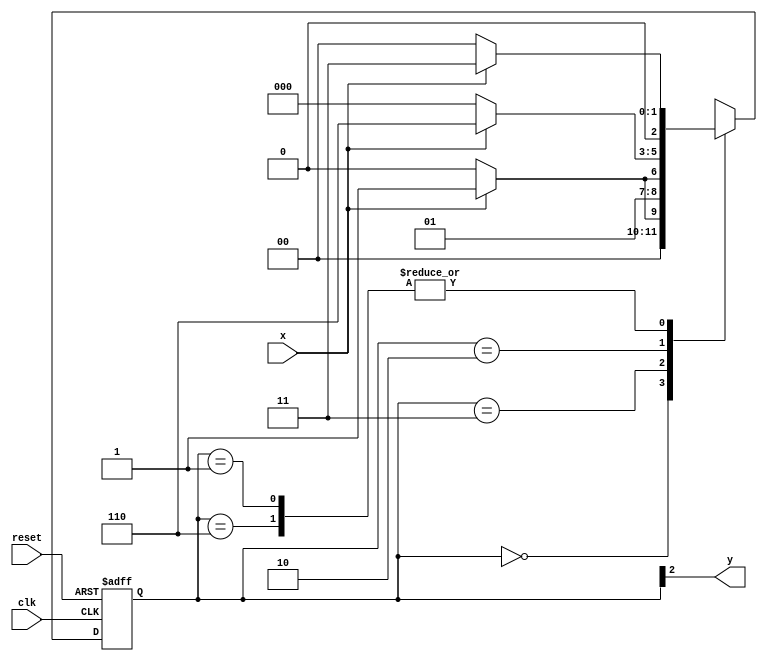
// --------------
// --- Moore FSM
// --------------
// constant definition
`define found 1
`define notfound 0
// FSM by Moore
module moore1101 ( y, x, clk, reset );
	output y;
	input x;
	input clk;
	input reset;
	reg y;
	parameter // state identifiers
	start = 3'b000,
	id1 = 3'b001,
	id11 = 3'b011,
	id110 = 3'b010,
	id1101 = 3'b110; // signal found
	reg [2:0] E1; // current state variables
	reg [2:0] E2; // next state logic output
	// next state logic
	always @( x or E1 )
	begin
		case( E1 )
			start:
				if ( x )
					E2 = id1;
				else
					E2 = start;
			id1:
				if ( x )
					E2 = id11;
				else
					E2 = start;
			id11:
				if ( x )
					E2 = id11;
				else
					E2 = id110;
			id110:
				if ( x )
					E2 = id1101;
				else
					E2 = start;
			id1101:
				if ( x )
					E2 = id11;
				else
					E2 = start;
			default: // undefined statee
				E2 = 3'bxxx;
		endcase
	end // always at signal or state changing
	// state variables
	always @( posedge clk or negedge reset )
	begin
		if ( reset )
			E1 = E2; // updates current state
		else
			E1 = 0; // reset
	end // always at signal changing
	// output logic
	always @( E1 )
	begin
		y = E1[2]; // first bit of state value
	end // always at state changing
endmodule // moore1101